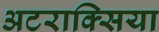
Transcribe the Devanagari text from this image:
अटराक्सिया